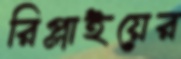
রিপ্লাইয়ের